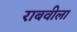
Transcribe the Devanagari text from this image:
राबवीला